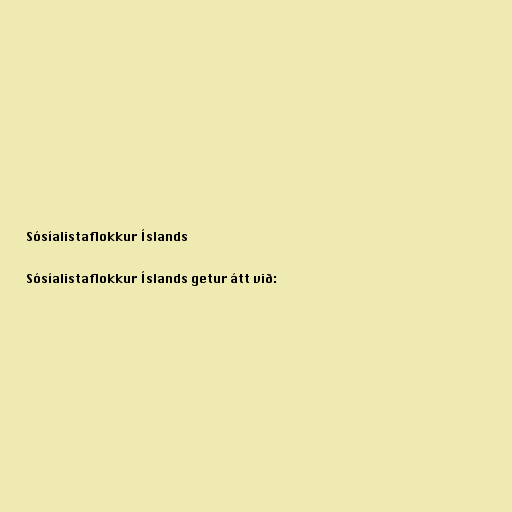
Sósíalistaflokkur Íslands

Sósíalistaflokkur Íslands getur átt við: